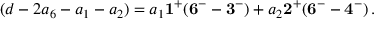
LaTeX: ( d - 2 a _ { 6 } - a _ { 1 } - a _ { 2 } ) = a _ { 1 } { \bf 1 ^ { + } } ( { \bf 6 ^ { - } } - { \bf 3 ^ { - } } ) + a _ { 2 } { \bf 2 ^ { + } } ( { \bf 6 ^ { - } } - { \bf 4 ^ { - } } ) \, .